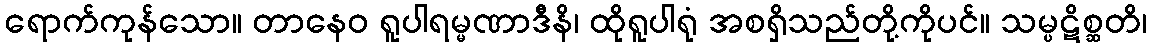
ရောက်ကုန်သော။ တာနေဝ ရူပါရမ္မဏာဒီနိ၊ ထိုရူပါရုံ အစရှိသည်တို့ကိုပင်။ သမ္ပဋိစ္ဆတိ၊